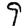
Digit: 9